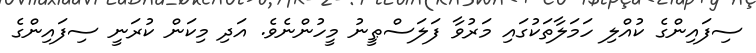
ސިފައިންގެ ކުއްލި ހަމަލާތަކުގައި މަރުވާ ފަލަސްޠީނު މީހުންނެވެ. އަދި މިކަން ކުރަނީ ސިފައިންގެ